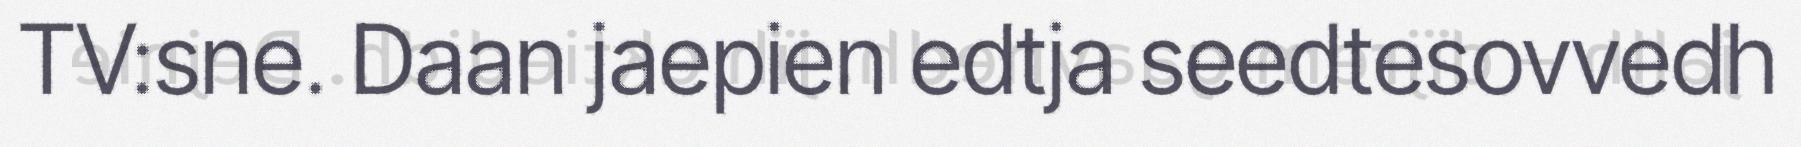
TV:sne. Daan jaepien edtja seedtesovvedh